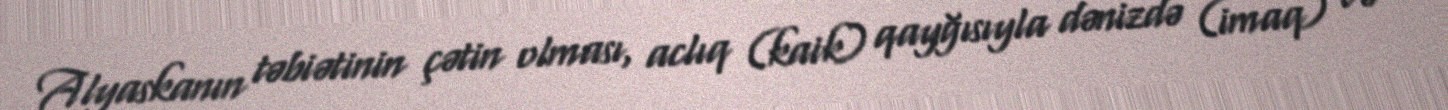
Alyaskanın təbiətinin çətin olması, aclıq (kaik) qayğısıyla dənizdə (imaq) və